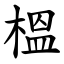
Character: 榲